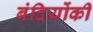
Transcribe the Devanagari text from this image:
बंदियोंकी